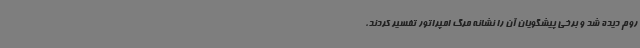
روم دیده شد و برخی پیشگویان آن را نشانه مرگ امپراتور تفسیر کردند،